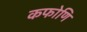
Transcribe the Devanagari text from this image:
कफोणि